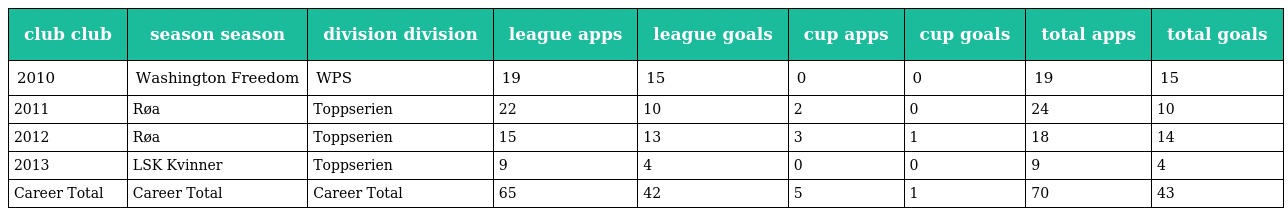
| club club | season season | division division | league apps | league goals | cup apps | cup goals | total apps | total goals |
 | --- | --- | --- | --- | --- | --- | --- | --- | --- |
 | 2010 | Washington Freedom | WPS | 19 | 15 | 0 | 0 | 19 | 15 |
 | 2011 | Røa | Toppserien | 22 | 10 | 2 | 0 | 24 | 10 |
 | 2012 | Røa | Toppserien | 15 | 13 | 3 | 1 | 18 | 14 |
 | 2013 | LSK Kvinner | Toppserien | 9 | 4 | 0 | 0 | 9 | 4 |
 | Career Total | Career Total | Career Total | 65 | 42 | 5 | 1 | 70 | 43 |